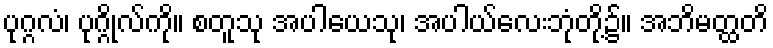
ပုဂ္ဂလံ၊ ပုဂ္ဂိုလ်ကို။ စတူသု အပါယေသု၊ အပါယ်လေးဘုံတို့၌။ အဘိမတ္ထတိ